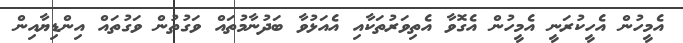
އެމީހުން އެހީކުރަނީ އެމީހުން އެގޮވާ އެތިވަރުތަކާއި އެއަޅުވާ ބަދުނާމުތައް ވަގުތުން ވަގުތައް އިންޑިޔާއިން